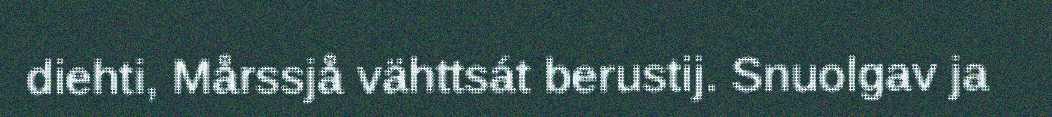
diehti, Mårssjå vähttsát berustij. Snuolgav ja